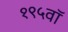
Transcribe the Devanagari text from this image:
१९५वॉ